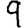
Digit: 9